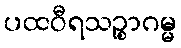
ပထဝီရသဉ္စာဂမ္မ